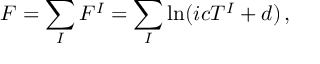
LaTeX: F = \sum _ { I } F ^ { I } = \sum _ { I } \ln ( i c T ^ { I } + d ) \, ,